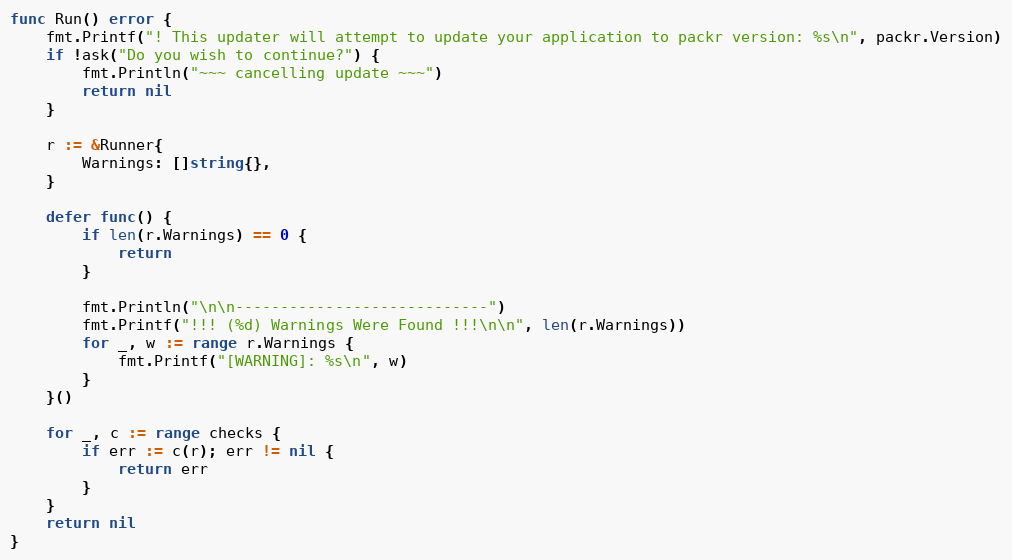
Language: Go
func Run() error {
	fmt.Printf("! This updater will attempt to update your application to packr version: %s\n", packr.Version)
	if !ask("Do you wish to continue?") {
		fmt.Println("~~~ cancelling update ~~~")
		return nil
	}

	r := &Runner{
		Warnings: []string{},
	}

	defer func() {
		if len(r.Warnings) == 0 {
			return
		}

		fmt.Println("\n\n----------------------------")
		fmt.Printf("!!! (%d) Warnings Were Found !!!\n\n", len(r.Warnings))
		for _, w := range r.Warnings {
			fmt.Printf("[WARNING]: %s\n", w)
		}
	}()

	for _, c := range checks {
		if err := c(r); err != nil {
			return err
		}
	}
	return nil
}